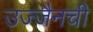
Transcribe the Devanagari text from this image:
उज्जैनची